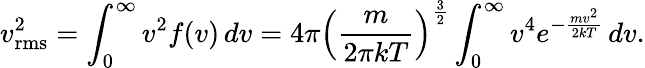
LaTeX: v_{\mathrm{rms}}^{2}=\int_{0}^{\infty}v^{2}f(v)\, dv=4\pi\left({\frac{m}{2\pi kT}}\right)^{\frac{3}{2}}\int_{0}^{\infty}v^{4}e^{-{\frac{mv^{2}}{2kT}}}\, dv.